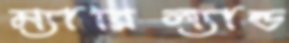
ম্যারিল্যান্ড